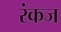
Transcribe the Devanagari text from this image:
रंकज